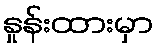
နှုန်းထားမှာ